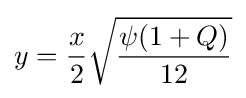
y={\frac {x}{2}}{\sqrt {\frac {\psi (1+Q)}{12}}}